Development of the parasite of Indian kala azar - Number 53
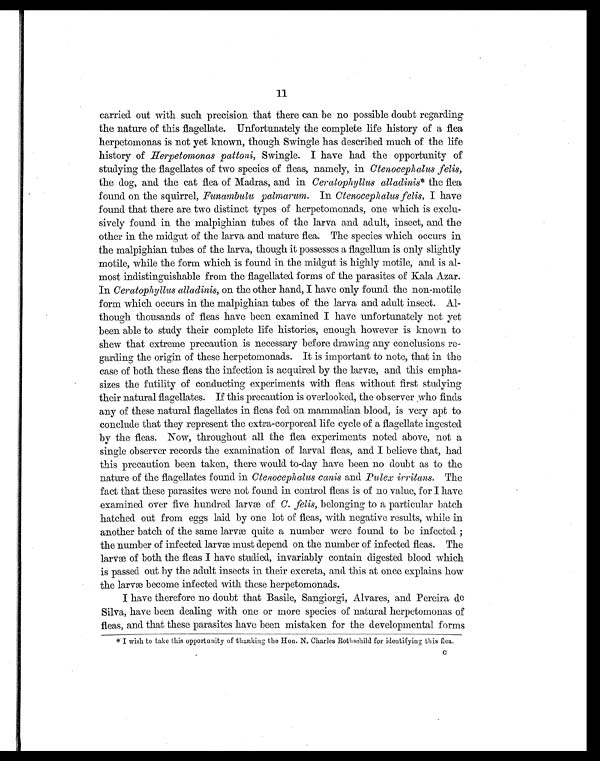
11
carried out with such precision that there can be no possible doubt regarding
the nature of this flagellate. Unfortunately the complete life history of a flea
herpetomonas is not yet known, though Swingle has described much of the life
history of Herpetomonas pattoni, Swingle. I have had the opportunity of
studying the flagellates of two species of fleas, namely, in Ctenocephalus felis,
the dog, and the cat flea of Madras, and in Ceratophyllus alladinis* the flea
found on the squirrel, Funambulu palmarum. In Ctenocephalus felis, I have
found that there are two distinct types of herpetomonads, one which is exclu-
sively found in the malpighian tubes of the larva and adult, insect, and the
other in the midgut of the larva and mature flea. The species which occurs in
the malpighian tubes of the larva, though it possesses a flagellum is only slightly
motile, while the form which is found in the midgut is highly motile, and is al-
most indistinguishable from the flagellated forms of the parasites of Kala Azar.
In Ceratophyllus alladinis, on the other hand, I have only found the non-motile
form which occurs in the malpighian tubes of the larva and adult insect. Al-
though thousands of fleas have been examined I have unfortunately not yet
been able to study their complete life histories, enough however is known to
shew that extreme precaution is necessary before drawing any conclusions re-
garding the origin of these herpetomonads. It is important to note, that in the
case of both these fleas the infection is acquired by the larvæ, and. this empha-
sizes the futility of conducting experiments with fleas without first studying
their natural flagellates. If this precaution is overlooked, the observer who finds
any of these natural flagellates in fleas fed on mammalian blood, is very apt to
conclude that they represent the extra-corporeal life cycle of a flagellate ingested
by the fleas. Now, throughout all the flea experiments noted above, not a
single observer records the examination of larval fleas, and I believe that, had
this precaution been taken, there would to-day have been no doubt as to the
nature of the flagellates found in Ctenocephalus canis and Pulex irritans. The
fact that these parasites were not found in control fleas is of no value, for I have
examined over five hundred larvæ of C. felis, belonging to a particular batch
hatched out from eggs laid by one lot of fleas, with negative results, while in
another batch of the same larvæ quite a number were found to be infected ;
the number of infected larvæ must depend on the number of infected fleas. The
larvæ of both the fleas I have studied, invariably contain digested blood which
is passed out by the adult insects in their excreta, and this at once explains how
the larvæ become infected with these herpetomonads.
I have therefore no doubt that Basile, Sangiorgi, Alvares, and Pereira de
Silva, have been dealing with one or more species of natural herpetomonas of
fleas, and that these parasites have been mistaken for the developmental forms
*I wi sh t o t ake t hi s opport uni t y of t hanki ng t he Hon. N. Charl es Rot hschi l d for i dent i fyi ng t hi s fl ea.